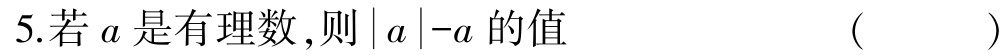
5.若\(a\)是有理数,则\(\vert a\vert -a\)的值  (  )